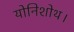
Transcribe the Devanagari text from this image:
योनिशोथ।